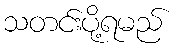
သတင်းပို့ရမည်